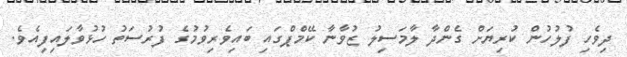
ދިވެހި ފުލުހުން ކުރިޔަށް ގެންދާ ލާމަސިލު ޒުވާނާ ކޭމްޕްގައި ބައިވެރިވުމުގެ ފުރުސަތު ހުޅުވާލައިފިއެވެ.